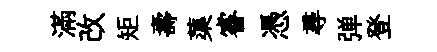
滿改矩壽蕖睿憑尋弹登